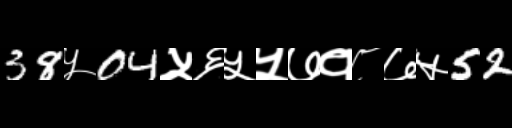
Text: 38५04५६५५७१८७५52